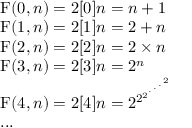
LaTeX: \begin{array} { l r } { \operatorname { F } ( 0 , n ) = 2 [ 0 ] n = n + 1 } \\ { \operatorname { F } ( 1 , n ) = 2 [ 1 ] n = 2 + n } \\ { \operatorname { F } ( 2 , n ) = 2 [ 2 ] n = 2 \times n } \\ { \operatorname { F } ( 3 , n ) = 2 [ 3 ] n = 2 ^ { n } } \\ { \operatorname { F } ( 4 , n ) = 2 [ 4 ] n = 2 ^ { 2 ^ { 2 ^ { { } ^ { . \, ^ { . \, ^ { . \, ^ { 2 } } } } } } } } \\ { . . . } \end{array}